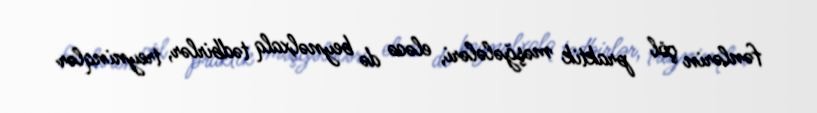
fənlərin çöl praktik məşğələləri, eləcə də beynəlxalq tədbirlər, treyninqlər